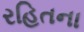
રહિતના